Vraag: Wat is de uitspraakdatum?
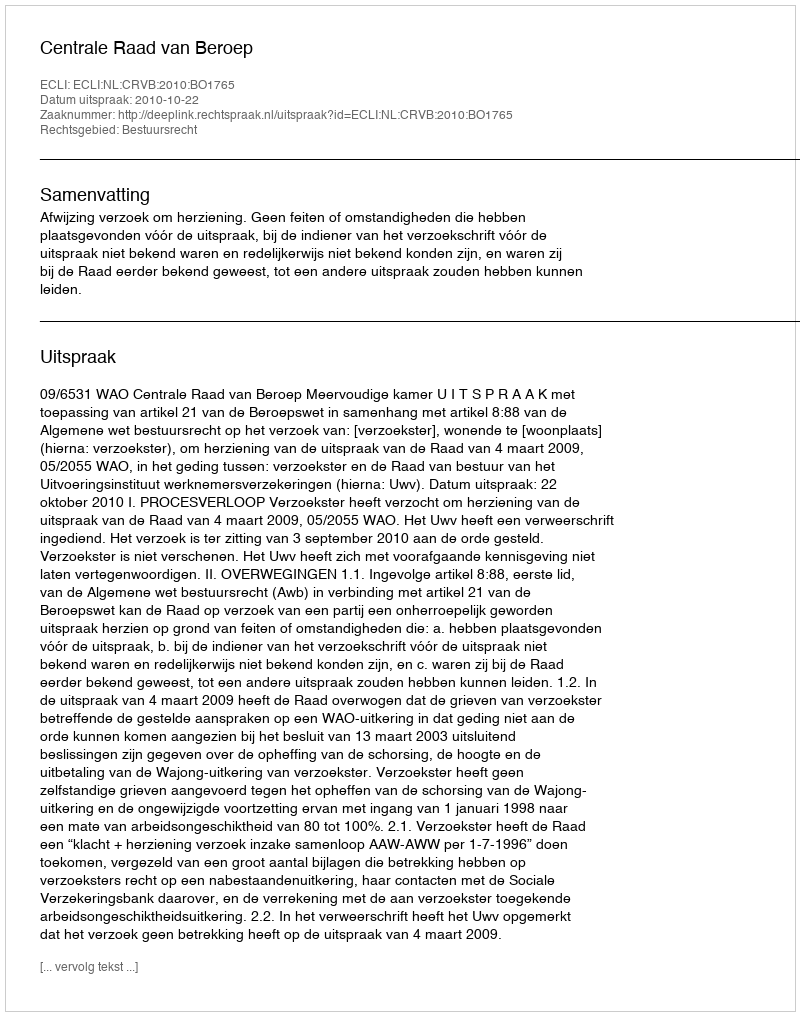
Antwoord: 2010-10-22